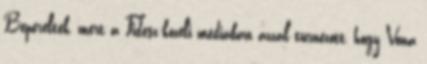
Beperelték, mert a Fidesz-közeli médiában azzal turnézott, hogy Vona